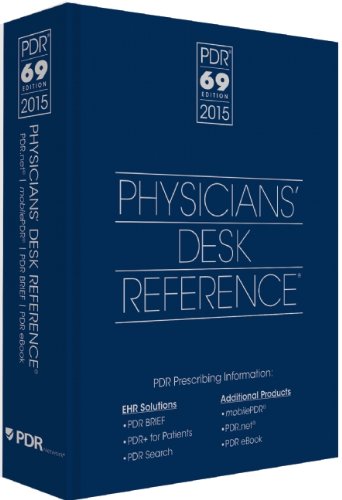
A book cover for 2015 Physicians' Desk Reference, 69th Edition (Physicians' Desk Reference (Pdr)); PDR Staff; Medical Books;